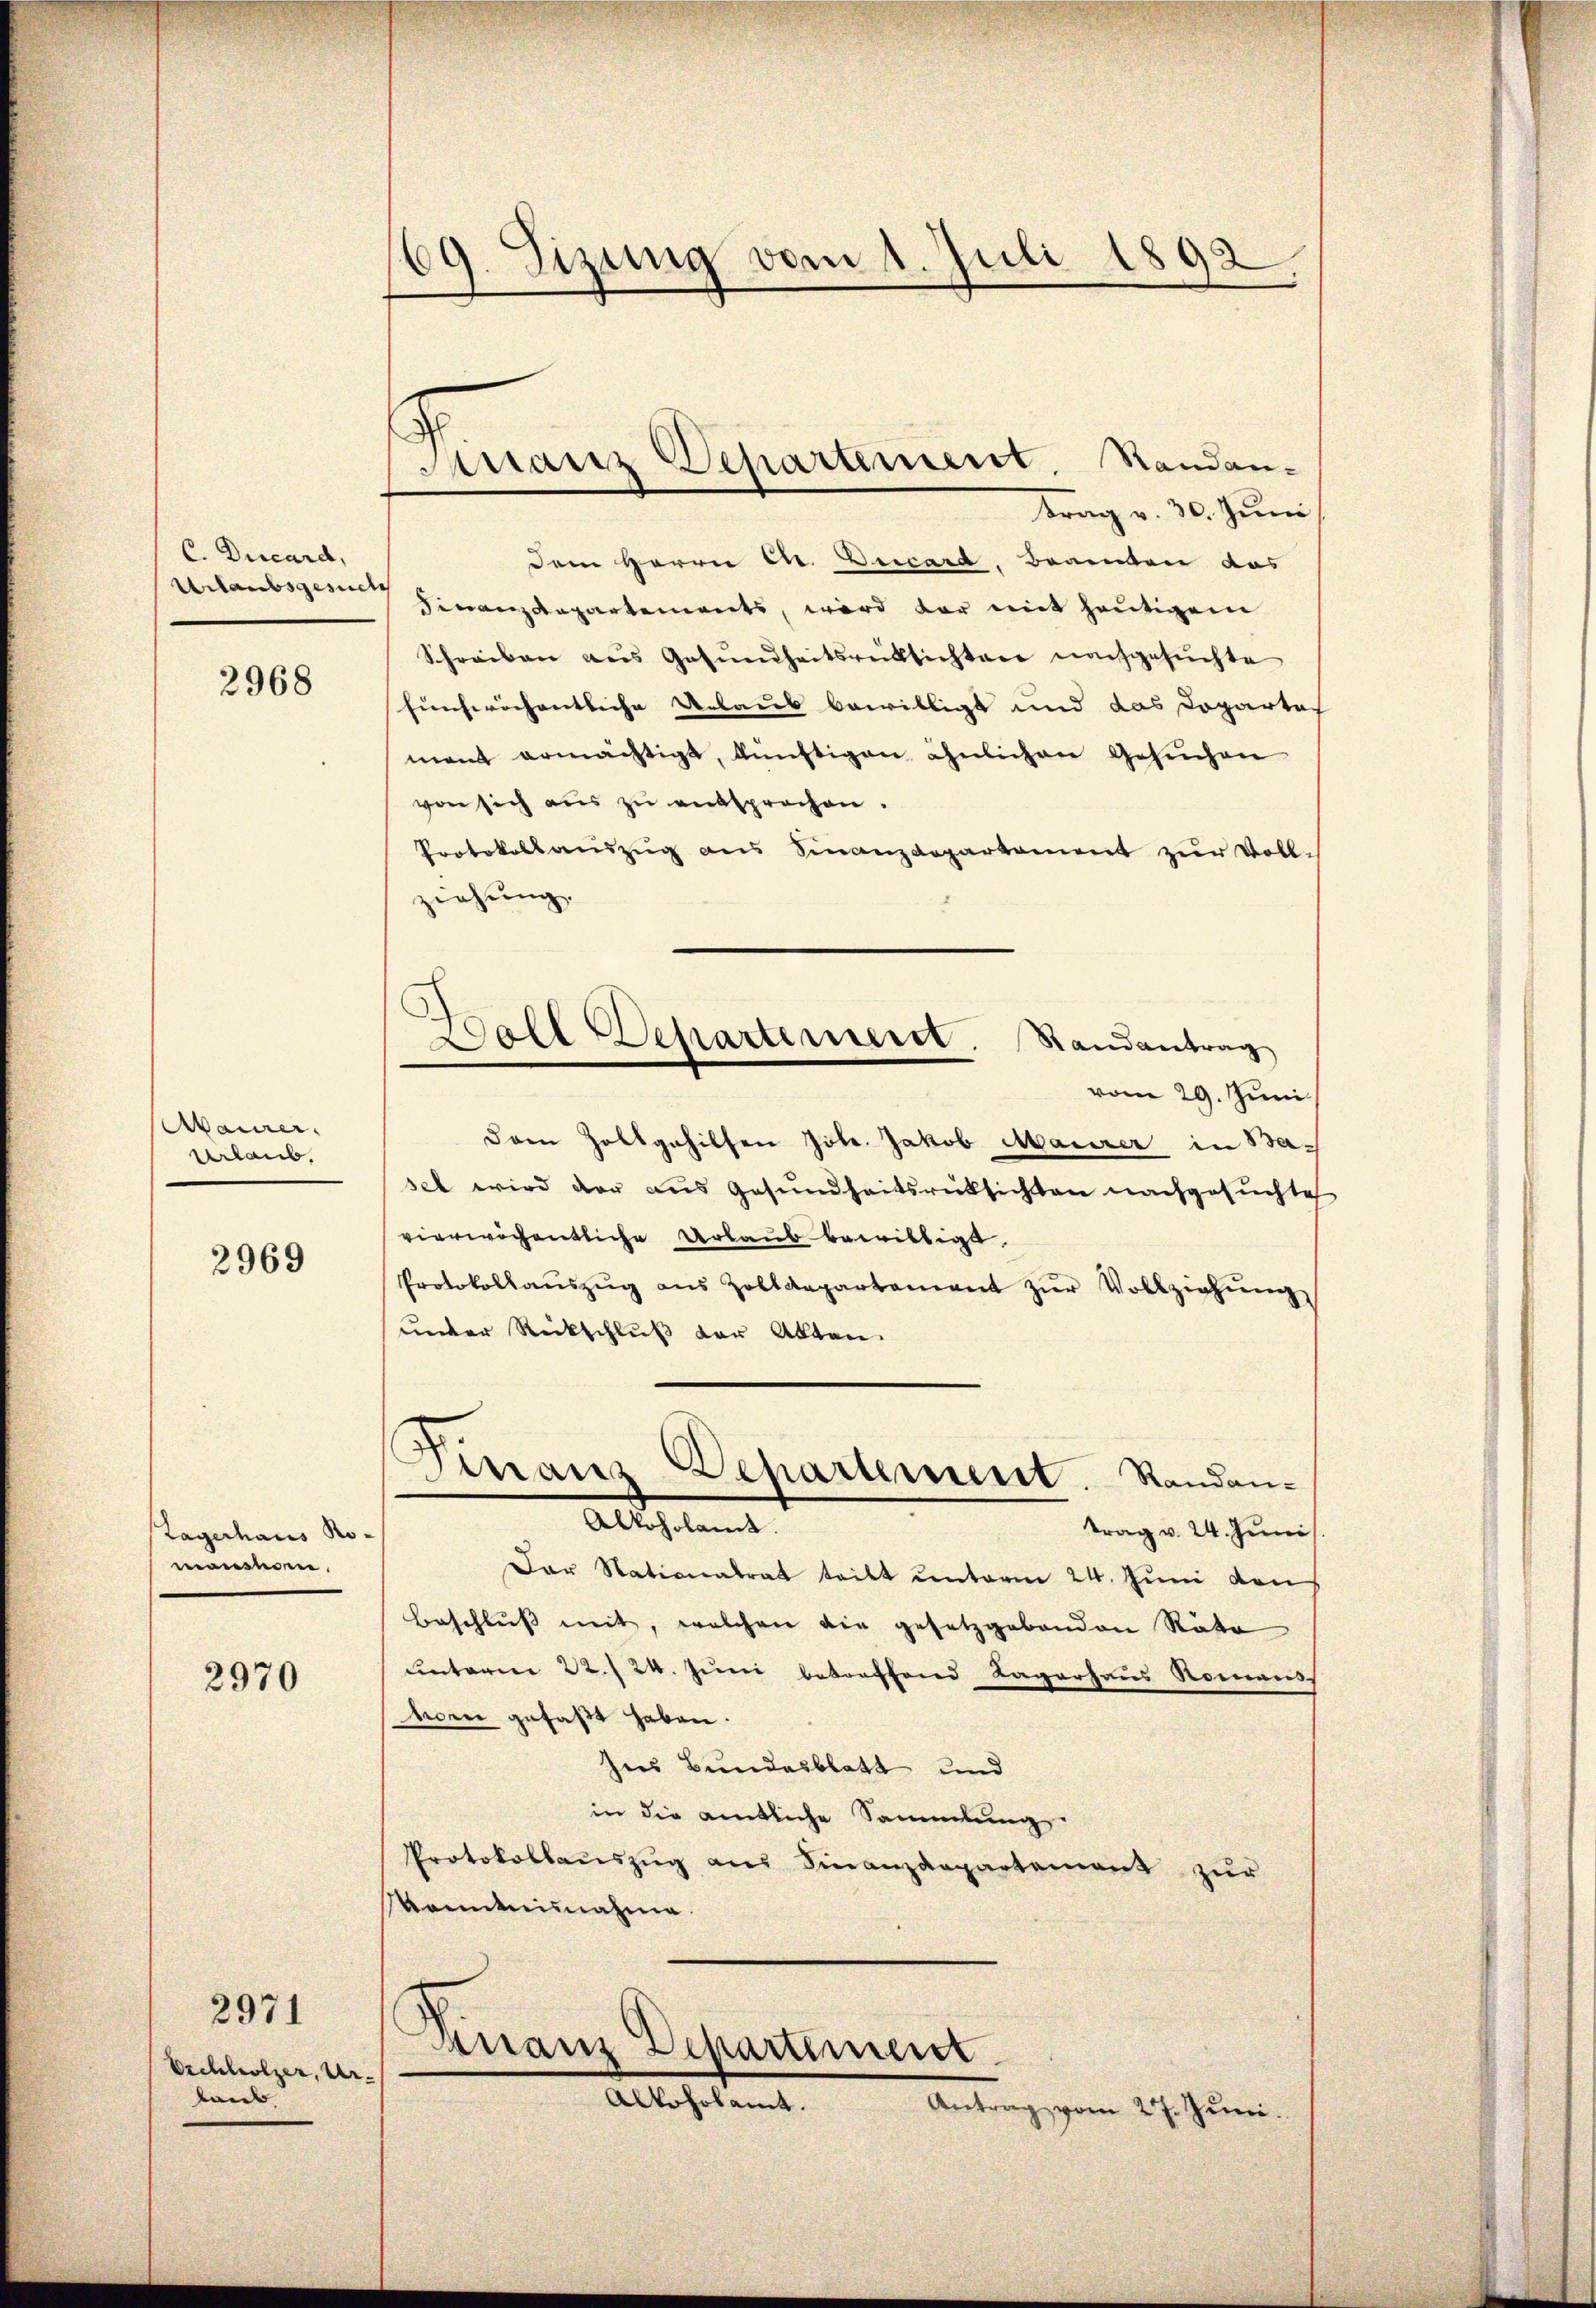
C. Ducard,
Urlaubsgesuch

2968

Maurer.
Urlaub.

2969

Lagerhaus Noneoso

2970

Orcheleolzer, Ur-
laub

2971

69. Tizung vom 1. Juli 1892,

Franz Departement. Randan¬

Ball Departement. Randantrag

trag v. 30. Juni
Dem Herrn C. Decard, Beamten das
Finanzdepartements, wird dar mit heutigem
Schreiben aus Gesŭndheitsrüksichten nachgesuchte
hunferichentliche Urlaus bewilligt und das Copartal
mant ermächtigt, künftigen ähnlichen Gesuchen
von sich aus zu entsprochen.
Protokoll aŭszŭg ans Finanzdepartament zŭr Voll-
ziehung.
vom 29. Juni
Dem Zollgehilfen Joh. Jakob Maurer in Baset wird der aus Gesundheitsrücksichten nachgesuchte
vierwöchentliche Urlaub bewilligt.
Protokollaŭszŭg aŭs Zolldepartement zŭr Vollziehŭng
under Rückschluß der Akten
Finanz-Departement. Randan¬
Alkoholamt.
trag v. 24. Juni
Dar Nationalrat teilt unterm 24. Juni den
Beschluss mit, welchen die gesetzgebenden Räte
unterm 22./24. Juni betreffend Lagerhaus Romans
horn gefaßt haben.
Ins Bundesblatt und
in die amtliche Sammlung.
Protokollauszug aus Finanzdepartement zur
sonntnisnahme.
Finanz Departement.
Alkohobamt.
Antrag vom 27. Juni.